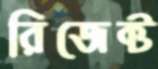
রিজেক্ট